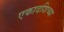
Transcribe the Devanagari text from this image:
एकादशिच्या